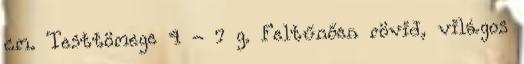
cm. Testtömege 4 - 7 g. Feltűnően rövid, világos